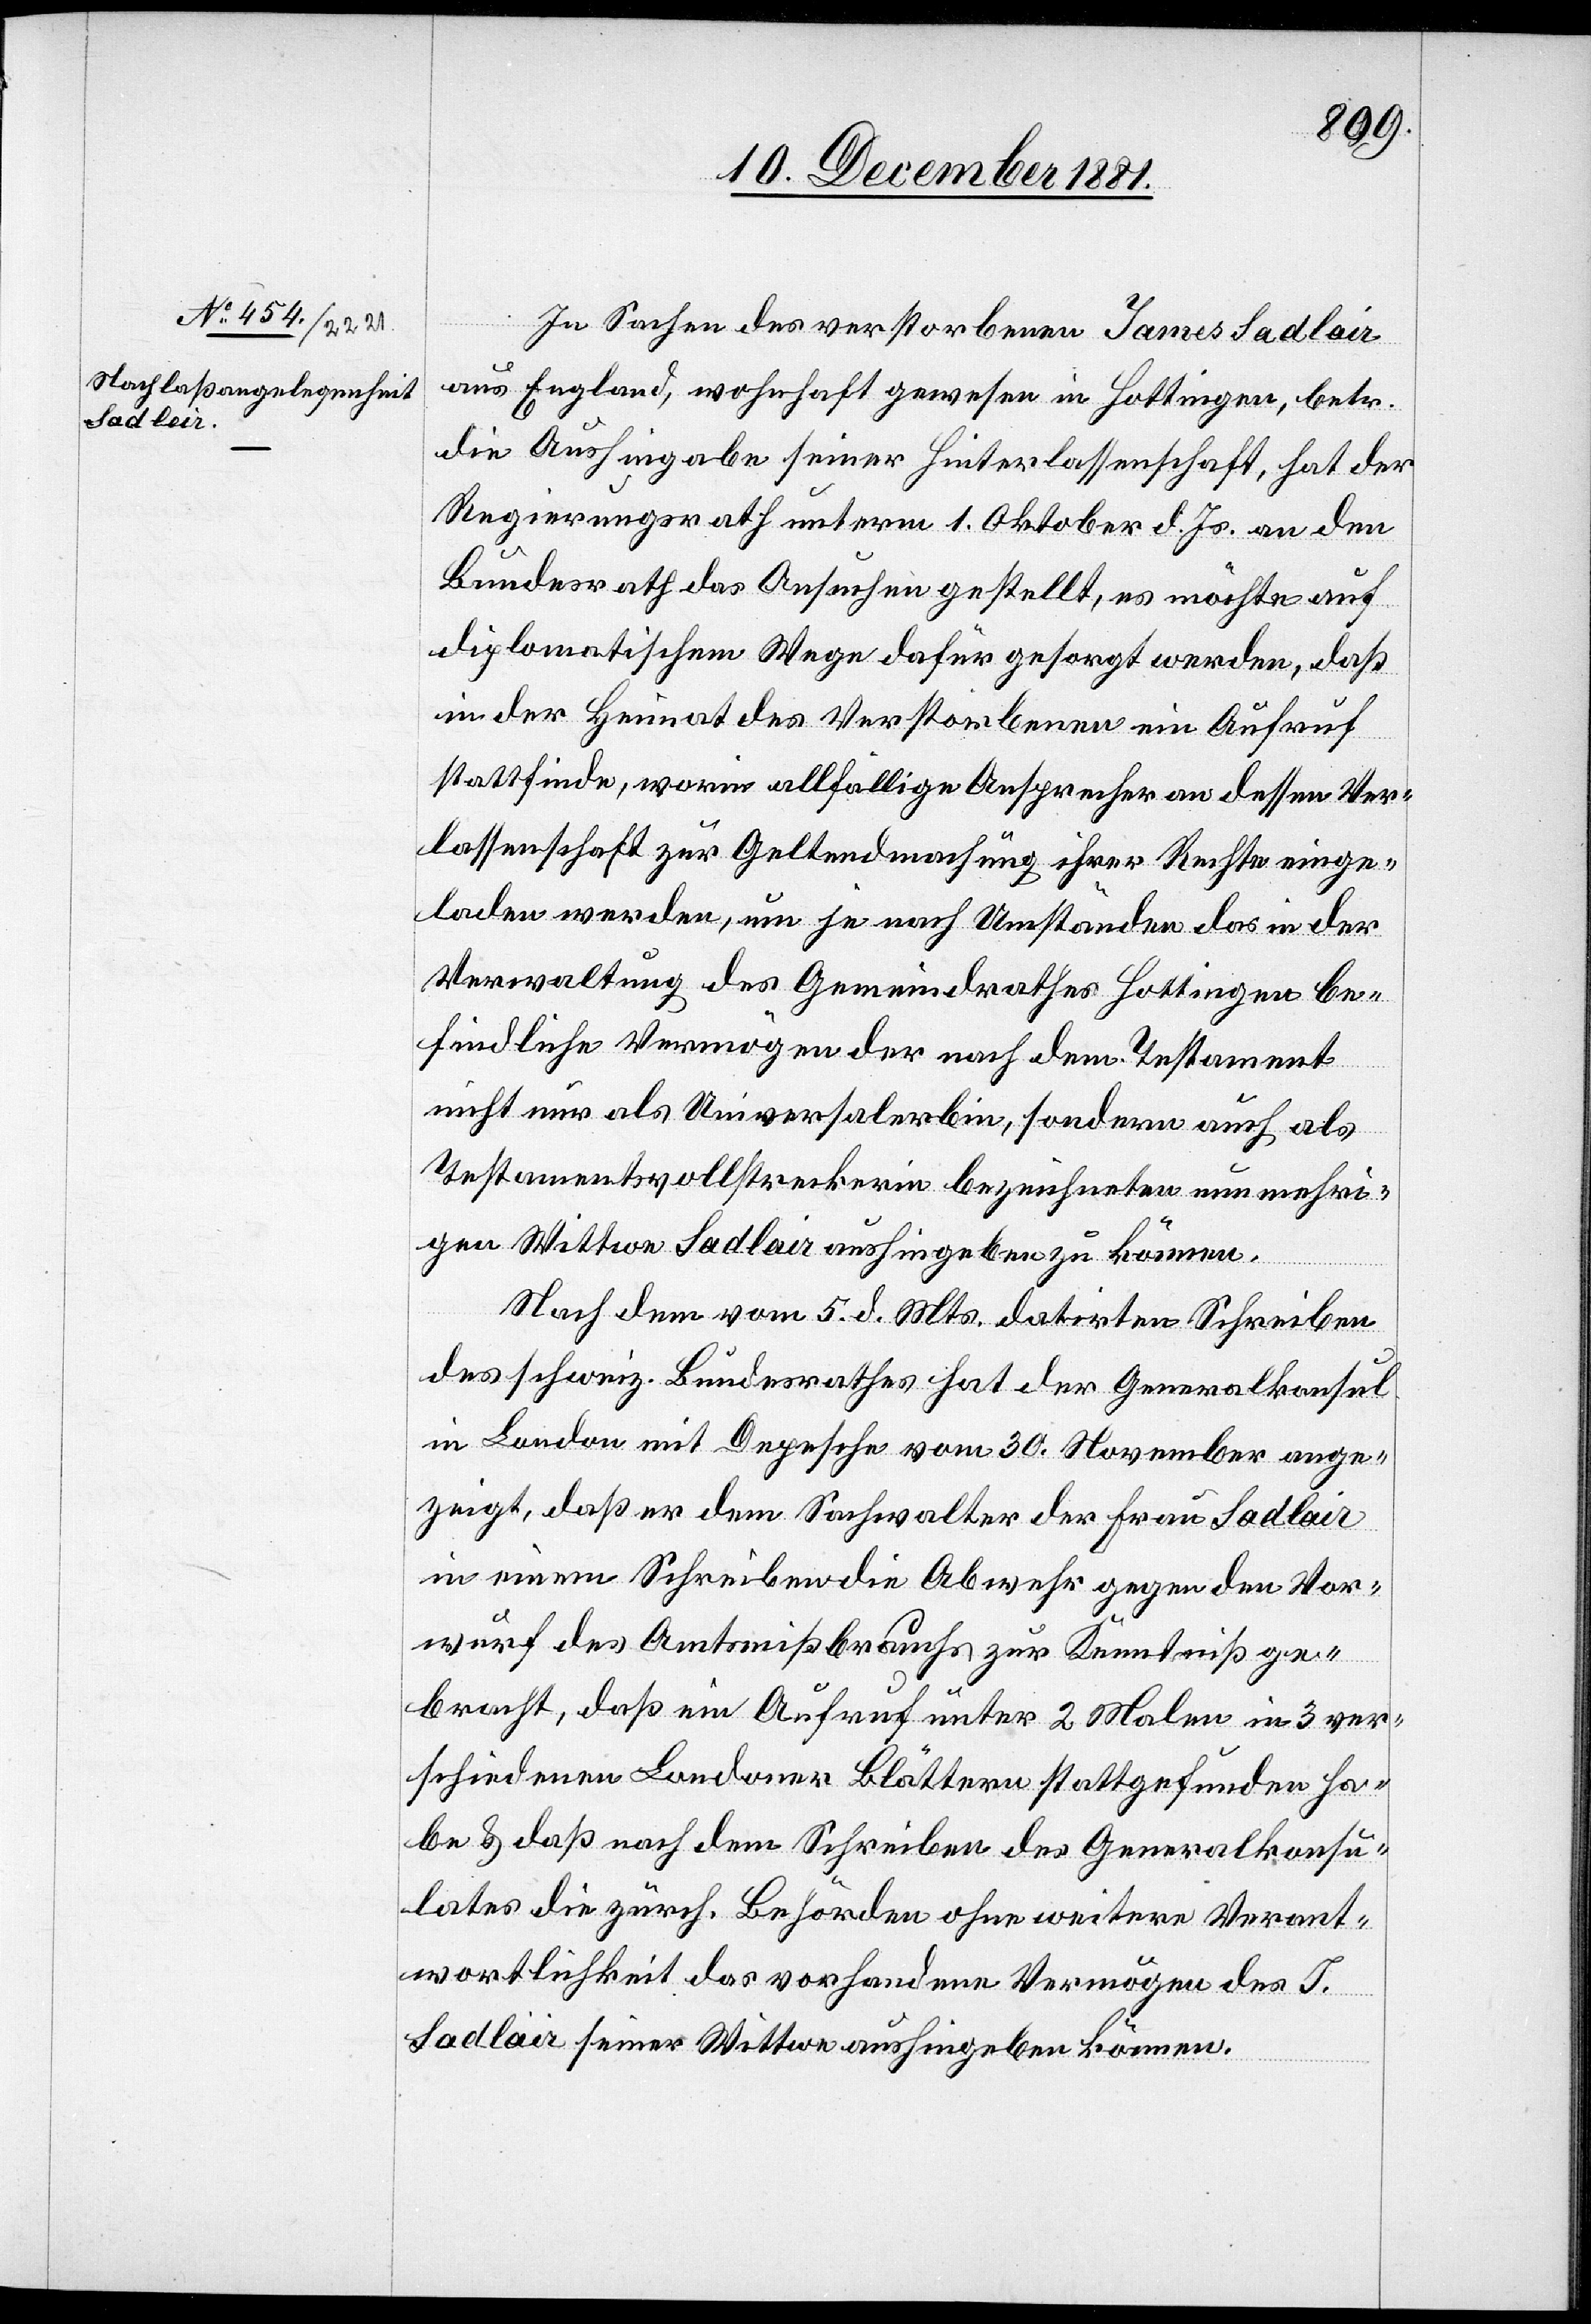
In Sachen des verstorbenen James Sadlair
aus England, wohnhaft gewesen in Hottingen, betr.
die Aushingabe seiner Hinterlassenschaft, hat der
Regierungsrath unterm 1. Oktober d. Js. an den
Bundesrath das Ansuchen gestellt, es möchte auf
diplomatischem Wege dafür gesorgt werden, daß
in der Heimat des Verstorbenen ein Aufruf
stattfinde, worin allfällige Ansprecher an dessen Ver¬
lassenschaft zur Geltendmachung ihrer Rechte einge¬
laden werden, um je nach Umständen das in der
Verwaltung des Gemeindrathes Hottingen be¬
findliche Vermögen der nach dem Testament
nicht nur als Universalerbin, sondern auch als
Testamentsvollstreckerin bezeichneten nun mehri¬
gen Wittwe Sadlair aushingeben zu können.
Nach dem vom 5. d. Mts. datirten Schreiben
des schweiz. Bundesrathes hat der Generalkonsul
in London mit Depesche vom 30. November ange¬
zeigt, daß er dem Sachverwalter der Frau Sadlair
in einem Schreiben die Abwehr gegen den Vor¬
wurf des Amtsmißbrauchs zur Kenntniß ge¬
bracht, daß ein Aufruf unter 2 Malen in 3 ver¬
schiedenen Londoner Blättern stattgefunden ha¬
be & daß nach dem Schreiben des Generalkonsu¬
lates die zürch. Behörden ohne weitere Verant¬
wortlichkeit das vorhandene Vermögen des J.
Sadlair seiner Wittwe aushingeben können.